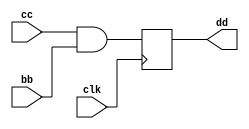
/**
    15,23
*/

module dut (input wire [0:7] bb,
    input wire [0:7] cc,
    input clk, 
    output reg [0:7] dd ); 
    integer i,j;
    reg [0:15] aa [0:7];

    always @(posedge clk) begin
        for (i=0; i<7; i=i+1)         
            for (j=0; j <i+1; j =j+1)            
                aa[i][j] = cc;
        dd = cc & bb;
    end      
        
 
    always @(posedge clk) begin
        for (i=0; i<7; i=i+1)         
            for (j=i; j <15; j=j+1)           
                aa[i][j] = bb; 
    end   
        
endmodule